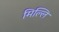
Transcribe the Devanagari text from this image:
मिल्लि